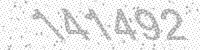
Solution: 141492